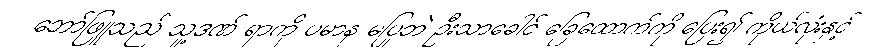
ဘော်ဖြူသည် သူ့ဒဏ် ရာကို ပမာန မပြုဘဲ ဦးသာခေါင် ခြေထောက်ကို ပြေး၍ ကိုယ်လုံးနှင့်